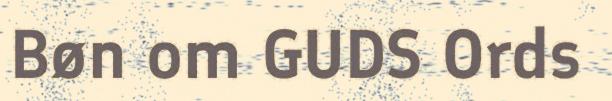
Bøn om GUDS Ords